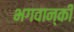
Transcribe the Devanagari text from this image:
भगवान्‌की